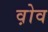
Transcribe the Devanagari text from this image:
व़ोव